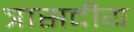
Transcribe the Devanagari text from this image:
त्रासदीय